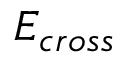
E _ { c r o s s }